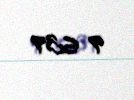
9 639